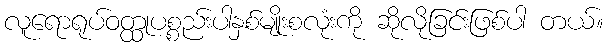
လူရောရုပ်ဝတ္ထုပစ္စည်းပါနှစ်မျိုးစလုံးကို ဆိုလိုခြင်းဖြစ်ပါ တယ်။